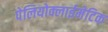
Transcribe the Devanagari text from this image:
पेलियोक्लाईमेटिक